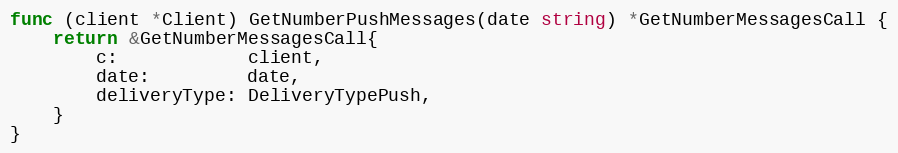
Language: Go
func (client *Client) GetNumberPushMessages(date string) *GetNumberMessagesCall {
	return &GetNumberMessagesCall{
		c:            client,
		date:         date,
		deliveryType: DeliveryTypePush,
	}
}